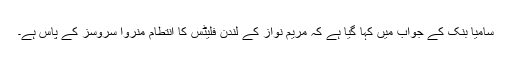
سامیا بنک کے جواب میں کہا گیا ہے کہ مریم نواز کے لندن فلیٹس کا انتطام منروا سروسز کے پاس ہے۔